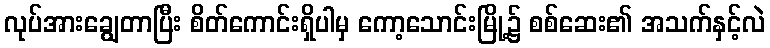
လုပ်အားချွေတာပြီး စိတ်ကောင်းရှိပါမှ ကော့သောင်းမြို့၌ စစ်ဆေး၏ အသက်နှင့်လဲ